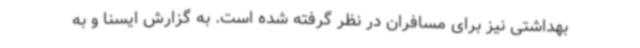
بهداشتی نیز برای مسافران در نظر گرفته شده است. به گزارش ایسنا و به